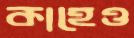
কাহেও